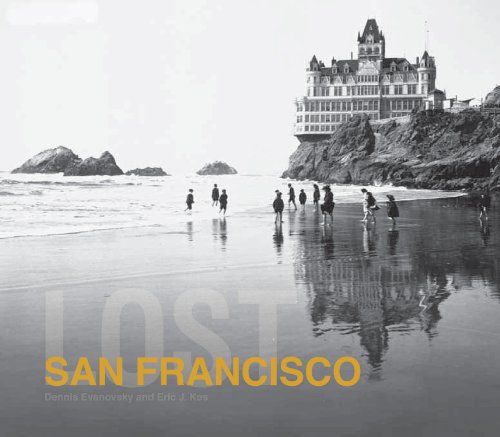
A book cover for Lost San Francisco; Dennis Evanovsky; Arts & Photography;